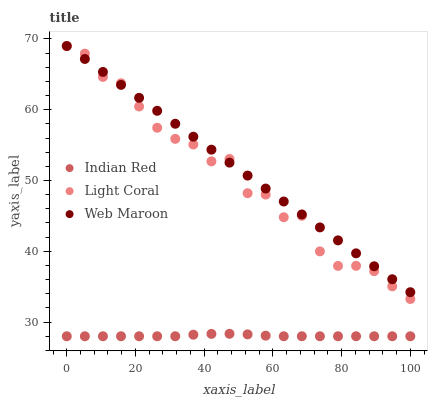
| xaxis_label | Indian Red | Light Coral | Web Maroon |
 | --- | --- | --- | --- |
 | 0 | 28 | 69 | 69 |
 | 5.26 | 28 | 67.9 | 67.2 |
 | 10.5 | 28 | 64.6 | 65.3 |
 | 15.8 | 28 | 63.7 | 63.5 |
 | 21.1 | 28 | 60.5 | 61.7 |
 | 26.3 | 28 | 57.4 | 59.8 |
 | 31.6 | 28 | 55.9 | 58 |
 | 36.8 | 28.2 | 55.1 | 56.2 |
 | 42.1 | 28.3 | 52.7 | 54.4 |
 | 47.4 | 28.4 | 53 | 52.5 |
 | 52.6 | 28.3 | 48.2 | 50.7 |
 | 57.9 | 28.1 | 48 | 48.9 |
 | 63.2 | 28 | 44.8 | 47 |
 | 68.4 | 28 | 45 | 45.2 |
 | 73.7 | 28 | 40 | 43.4 |
 | 78.9 | 28 | 37.9 | 41.5 |
 | 84.2 | 28 | 37.9 | 39.7 |
 | 89.5 | 28 | 37.2 | 37.9 |
 | 94.7 | 28 | 35 | 36.1 |
 | 100 | 28 | 33.3 | 34.2 |